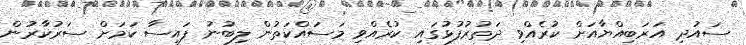
ސައުދި އަރަބިއްޔާއަށް ކުރެއްވި ދަތުރުފުޅުގައި ކުރެއްވި މަސައްކަތުުން ލިބުނު ފައިސާ ކަމަށް ސަރުކާރުން